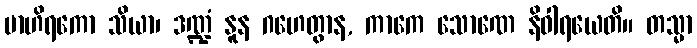
ဗာဟိရကော သိယာ၊ ဒဏ္ဍံ နူန ဂဟေတွာန, ကာကေ သောဏေ နိဝါရယေတိ။ တသ္မာ